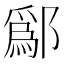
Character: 鄬